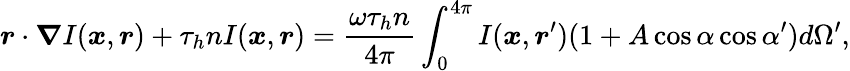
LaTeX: \boldsymbol{r}\cdot\boldsymbol{\nabla}I(\boldsymbol{x},\boldsymbol{r})+\tau_{h}nI(\boldsymbol{x},\boldsymbol{r})=\frac{\omega\tau_{h}n}{4\pi}\int_{0}^{4\pi}I(\boldsymbol{x},\boldsymbol{r}^{\prime})(1+A\cos{\alpha}\cos{\alpha^{\prime}})d\Omega^{\prime},